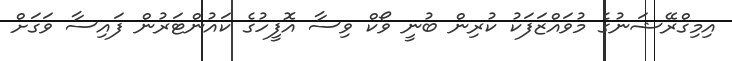
އިމިގްރޭޝަނުގެ މުވައްޒަފަކު ކުރިން ބުނީ ވޯކް ވިސާ އޮފީހުގެ ކައުންޓަރުން ފައިސާ ވަގަށް